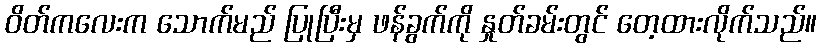
ဝိတ်ကလေးက သောက်မည် ပြုပြီးမှ ဖန်ခွက်ကို နှုတ်ခမ်းတွင် တေ့ထားလိုက်သည်။